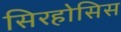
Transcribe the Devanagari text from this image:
सिरहोसिस